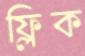
ফ্লিক